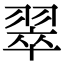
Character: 翠